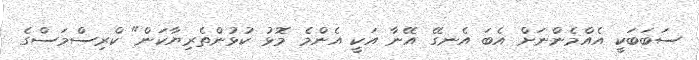
ސަބަބަކީ އެއްމެންނަށް އެބަ އެނގޭ އޭނާ އަކީ އެންމެ މޮޅު ކުޅުންތެރިޔާކަން" ކްރިސްމަސްގެ